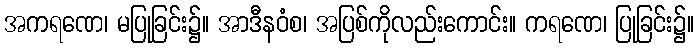
အကရဏေ၊ မပြုခြင်း၌။ အာဒီနဝံစ၊ အပြစ်ကိုလည်းကောင်း။ ကရဏေ၊ ပြုခြင်း၌။